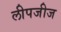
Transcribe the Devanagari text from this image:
लीपजीज